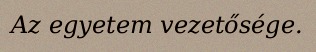
Az egyetem vezetősége.